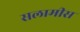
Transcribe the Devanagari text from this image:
सलामीस